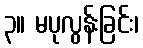
၃။ မပုလွန်းခြင်း၊